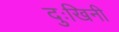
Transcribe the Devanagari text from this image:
दुःखिनी